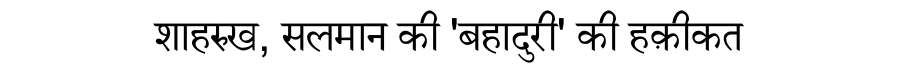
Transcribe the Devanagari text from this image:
शाहरुख, सलमान की 'बहादुरी' की हक़ीकत